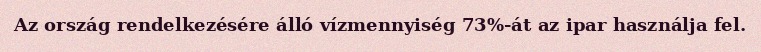
Az ország rendelkezésére álló vízmennyiség 73%-át az ipar használja fel.